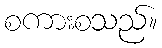
စကားစသည်။